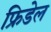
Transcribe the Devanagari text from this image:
फ्रिडेल